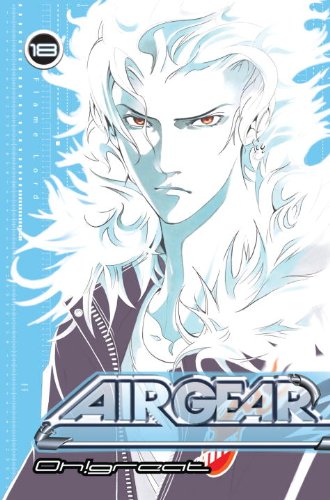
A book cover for Air Gear 18; Oh!Great; Comics & Graphic Novels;